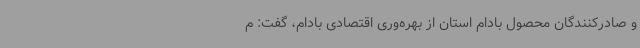
و صادرکنندگان محصول بادام استان از بهره‌وری اقتصادی بادام، گفت: م